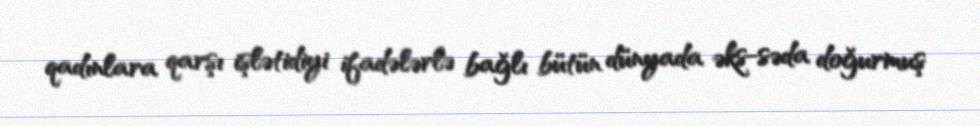
qadınlara qarşı işlətidiyi ifadələrlə bağlı bütün dünyada əks-səda doğurmuş